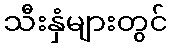
သီးနှံများတွင်